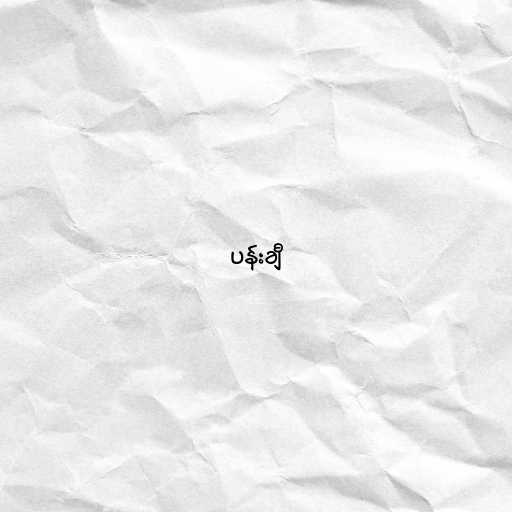
ပန်းချီ